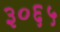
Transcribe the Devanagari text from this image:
३०६५